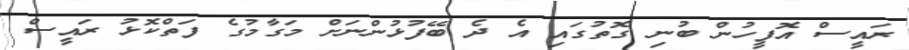
ރައީސް އޮފީހުން ބުނި ގޮތުގައި އެ ދެ ބޭފުޅުންނަށް މަގާމުގެ ފަތްކޮޅު ރައީސް